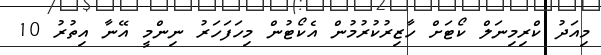
މިއަދު ކްރިމިނަލް ކޯޓަށް ހާޒިރުކުރުމުން އެކޯޓުން މިހަފަހަރު ނިންމީ އޭނާ އިތުރު 10